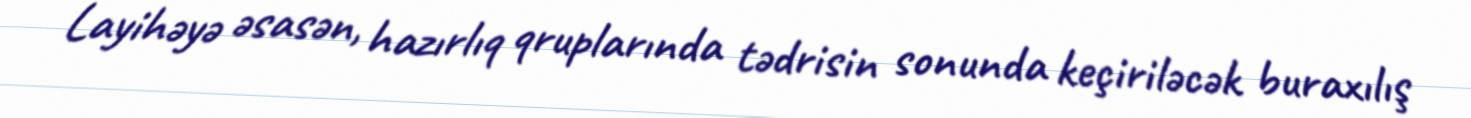
Layihəyə əsasən, hazırlıq qruplarında tədrisin sonunda keçiriləcək buraxılış